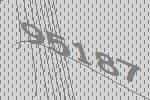
95187